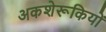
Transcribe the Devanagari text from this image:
अकशेरूकियों